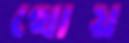
থোয়